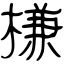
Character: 槏